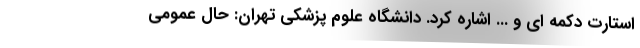
استارت دکمه ای و ... اشاره کرد. دانشگاه علوم پزشکی تهران: حال عمومی